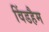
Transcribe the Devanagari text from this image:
विंडहैम